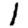
Digit: 1